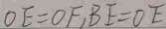
O E = O F , B E = O E